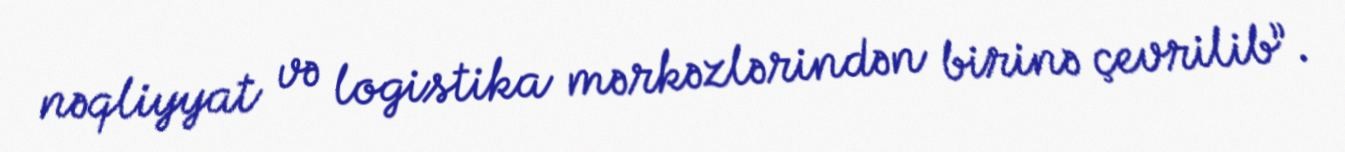
nəqliyyat və logistika mərkəzlərindən birinə çevrilib”.